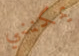
يمكنني